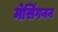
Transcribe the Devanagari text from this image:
मेसिंगनन